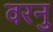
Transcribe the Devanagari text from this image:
वरनु